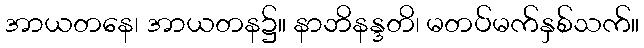
အာယတနေ၊ အာယတန၌။ နာဘိနန္ဒတိ၊ မတပ်မက်နှစ်သက်။